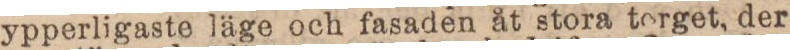
ypperligaste läge och fasaden åt stora torget, der